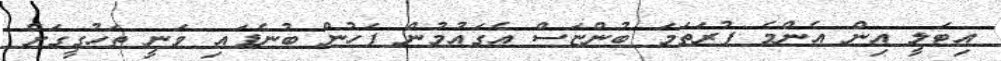
އިޓަލީ އިން އެންމެ ފުރަތަމަ ބުންޏަސް އެގައުމުން ފަހުން ބުނެފައި ވަނީ ތަހުގީގަށް